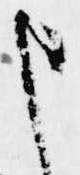
申